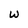
Character: w